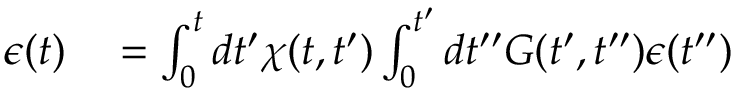
\begin{array} { r l } { \epsilon ( t ) } & { { } = \int _ { 0 } ^ { t } d t ^ { \prime } \chi ( t , t ^ { \prime } ) \int _ { 0 } ^ { t ^ { \prime } } d t ^ { \prime \prime } G ( t ^ { \prime } , t ^ { \prime \prime } ) \epsilon ( t ^ { \prime \prime } ) } \end{array}